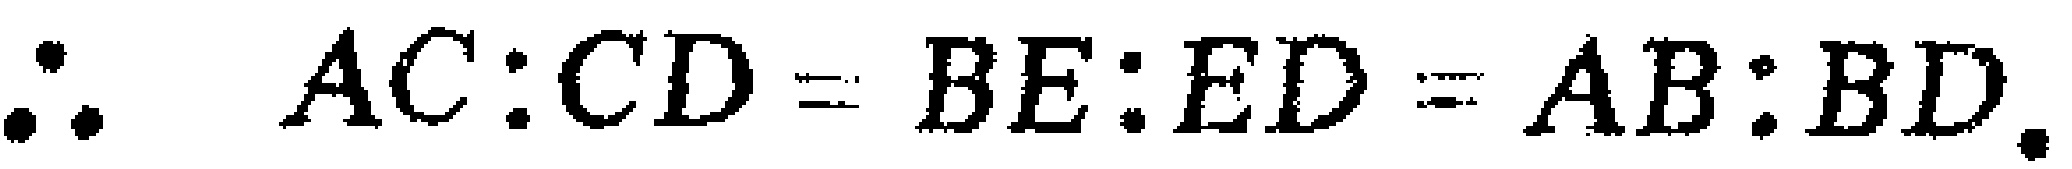
\(\therefore AC:CD = BE:ED = AB:BD.\)